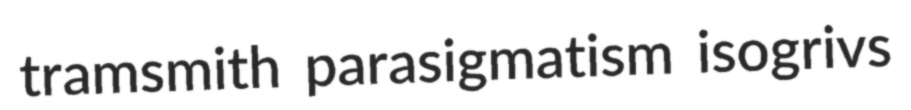
tramsmith parasigmatism isogrivs